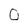
Character: O